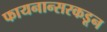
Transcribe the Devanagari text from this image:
फायनान्सरकडून